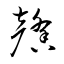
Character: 馨